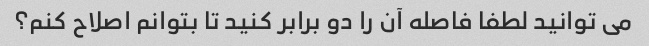
می توانید لطفا فاصله آن را دو برابر کنید تا بتوانم اصلاح کنم؟